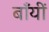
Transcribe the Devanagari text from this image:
बाँयीं